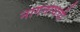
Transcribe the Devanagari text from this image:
नागनाथची